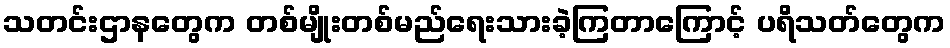
သတင်းဌာနတွေက တစ်မျိုးတစ်မည်ရေးသားခဲ့ကြတာကြောင့် ပရိသတ်တွေက